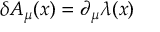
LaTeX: \delta A _ { \mu } ( x ) = \partial _ { \mu } \lambda ( x )